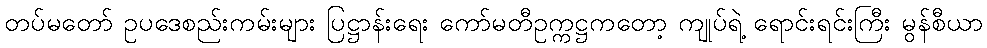
တပ်မတော် ဥပဒေစည်းကမ်းများ ပြဋ္ဌာန်းရေး ကော်မတီဥက္ကဋ္ဌကတော့ ကျုပ်ရဲ့ ရောင်းရင်းကြီး မွန်စီယာ